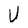
Character: U